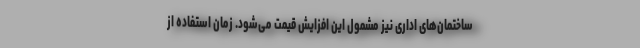
ساختمان‌های اداری نیز مشمول این افزایش قیمت می‌شود. زمان استفاده از